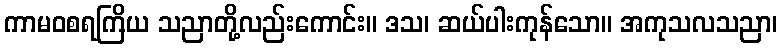
ကာမဝစရကြိယ သညာတို့လည်းကောင်း။ ဒသ၊ ဆယ်ပါးကုန်သော။ အကုသလသညာ၊